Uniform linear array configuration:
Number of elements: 64
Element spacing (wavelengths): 1
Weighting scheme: binomial
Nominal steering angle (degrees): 45
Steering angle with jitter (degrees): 46.116
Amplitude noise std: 0.05
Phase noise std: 0.05

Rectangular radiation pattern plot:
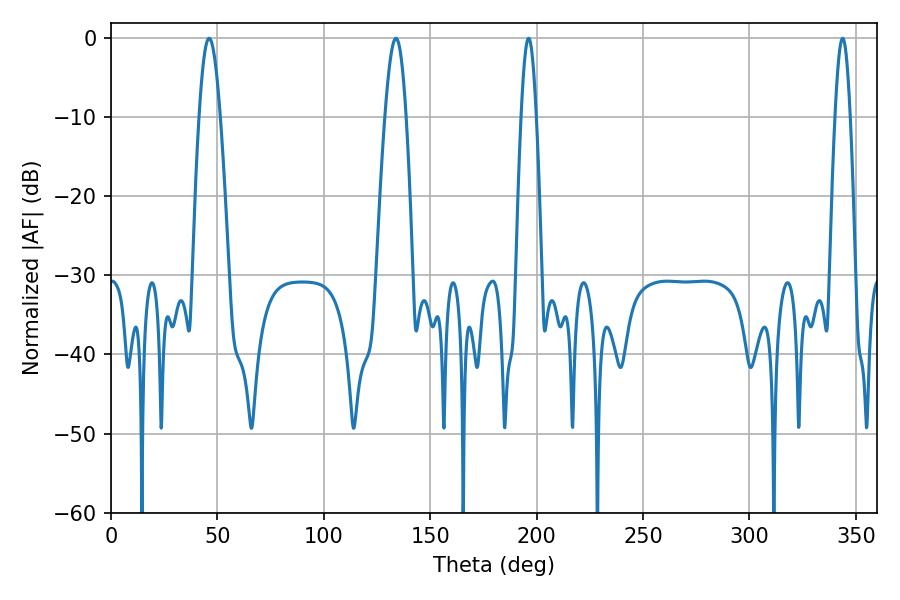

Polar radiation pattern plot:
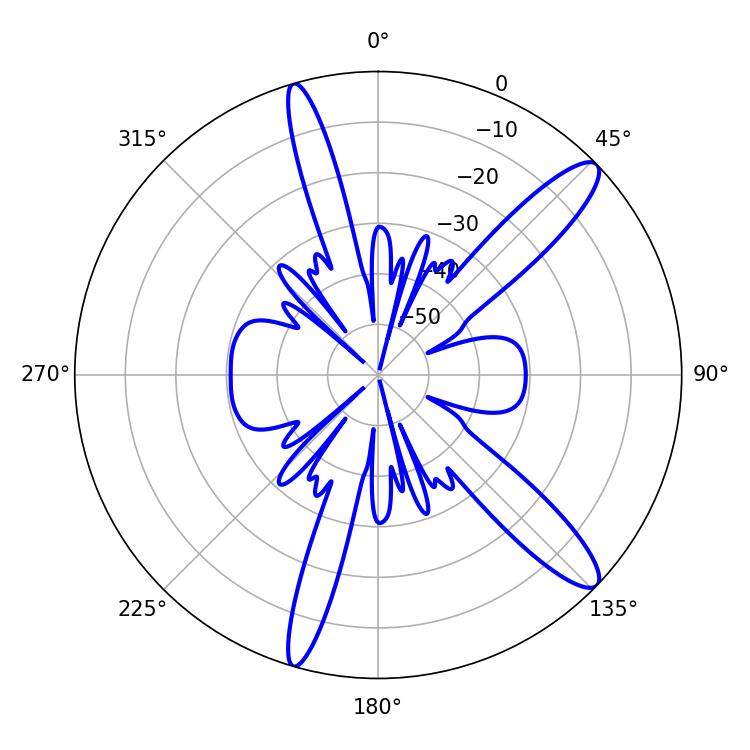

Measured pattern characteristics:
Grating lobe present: TRUE
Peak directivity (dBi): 12.741
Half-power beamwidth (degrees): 5.22
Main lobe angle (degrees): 46.08